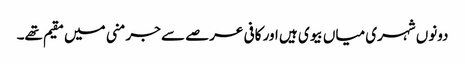
دونوں شہری میاں بیوی ہیں اور کافی عرصے سے جرمنی میں مقیم تھے۔